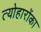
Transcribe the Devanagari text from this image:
त्योहारोंका